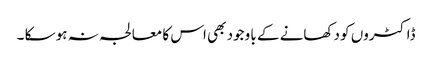
ڈاکٹروں کو دکھانے کے با وجود بھی اس کا معالجہ نہ ہو سکا ۔